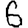
Digit: 6